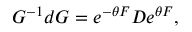
G ^ { - 1 } d G = e ^ { - \theta F } D e ^ { \theta F } ,